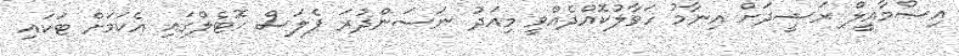
އިސްމާއީލް ރަޝީދަށް އިނާމު ހަވާލުކޮއްދެއްވީ މިއަދު ނަސަންދުރަ ޕެލަސް ހޮޓެލްގައި އެކަމަށް ޓަކައި